Insane asylums Bombay 1873-77 - 1873-1877
Year: 1873
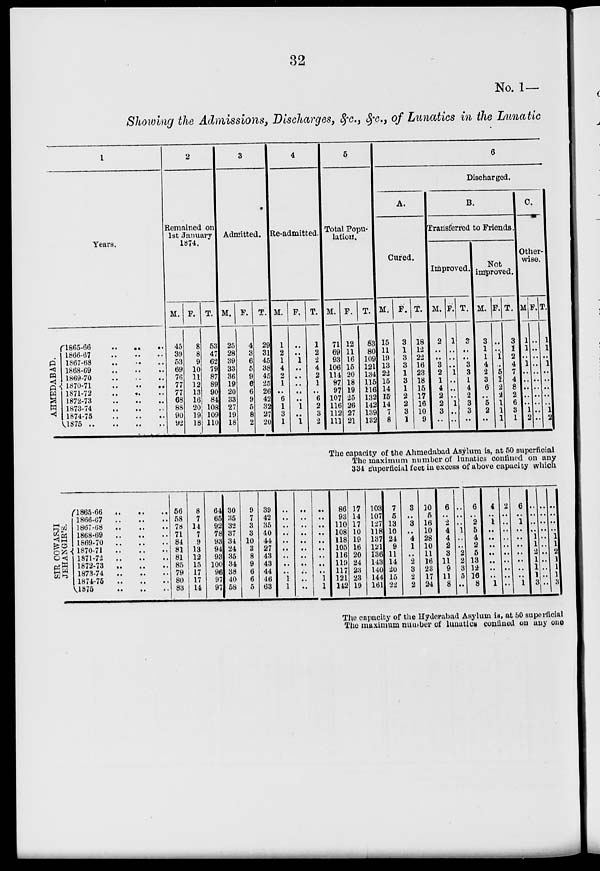
32
No. 1—
Showing the Admissions, Discharges, &c., &c., of Lunatics in the Lunatic
1
Years.
AHMEDABAD.
1865-66
..
..
..
1866-67
..
..
..
1867-68
..
..
..
1868-69
..
..
..
1869-70
..
..
..
1870-71
..
..
..
1871-72
..
..
..
1872-73
..
..
..
1873-74
..
..
..
1874-75
..
..
..
1875
..
..
..
..
2
Remained on
1st January
1874.
M.
45
39
53
69
76
77
77
68
88
90
92
F.
8
8
9
10
11
12
13
16
20
19
18
T.
53
47
62
79
87
89
90
84
108
109
110
3
Admitted.
M.
25
28
39
33
36
19
20
33
27
19
18
F.
4
3
6
5
9
6
6
9
5
8
2
T.
29
31
45
38
45
25
26
42
32
27
20
4
Re-admitted.
M.
1
2
1
4
2
1
..
6
1
3
1
F.
..
..
1
..
..
..
..
..
1
..
1
T.
1
2
2
4
2
1
..
6
2
3
2
5
Total Popu-
lation.
M.
71
69
93
106
114
97
97
107
116
112
111
F.
12
11
16
15
20
18
19
25
26
27
21
T.
83
80
109
121
134
115
116
132
142
139
132
6
Discharged.
A.
Cured.
M.
15
11
19
13
22
15
14
15
14
7
8
F.
3
1
3
3
1
3
1
2
2
3
1
T.
18
12
22
16
23
18
15
17
16
10
9
B.
Transferred to Friends.
Improved.
M.
2
..
..
3
2
1
4
2
2
3
..
F.
1
..
..
..
1
..
..
..
1
..
..
T.
3
..
..
3
3
1
4
2
3
3
..
Not
improved.
M.
3
1
1
4
2
3
6
..
5
2
..
F.
..
..
1
..
5
1
2
2
1
1
1
T.
3
1
2
4
7
4
8
2
6
3
1
C.
Other-
wise. 1
M
1
1
..
1
..
..
..
..
..
1
2
F.
..
..
..
..
..
..
..
..
..
..
..
T.
1
1
..
1
..
..
..
..
..
1
2
The capacity of the Ahmedabad Asylum is, at 50 superficial
The maximum number of lunatics confined on any
334 superficial feet in excess of above capacity which
SIR COWASJI
JEHANGIR'S.
1865-66
..
..
..
1866-67
..
..
..
1867-68
..
..
..
1868-69
..
..
..
1869-70
..
..
..
1870-71
..
..
..
1871-72
..
..
..
1872-73
..
..
..
1873-74
..
..
..
1874-75
..
..
..
1875
..
..
..
56
58
78
71
84
81
81
85
79
80
83
8
7
14
7
9
13
12
15
17
17
14
64
65
92
78
93
94
93
100
96
97
97
30
35
32
37
34
24
35
34
38
40
58
9
7
3
3
10
3
8
9
6
6
5
39
42
35
40
44
27
43
43
44
46
63
..
..
..
..
..
..
..
..
..
1
1
..
..
..
..
..
..
..
..
..
..
..
..
..
..
..
..
..
..
..
..
1
1
86
93
110
108
118
105
116
119
117
121
142
17
14
17
10
19
16
20
24
23
23
19
103
107
127
118
137
121
136
143
140
144
161
7
5
13
10
24
9
11
14
20
15
22
3
..
3
..
4
1
..
2
3
2
2
10
5
16
10
28
10
11
16
23
17
24
6
..
2
4
4
2
3
11
9
11
8
..
..
..
1
..
..
2
2
3
5
..
6
..
2
5
4
2
5
13
12
16
8
4
..
1
..
..
..
..
..
..
..
1
2
..
..
..
..
..
..
..
..
..
..
6
..
1
..
..
..
..
..
..
..
1
..
.. .. .. 1
1
2
1
1
1
3
..
.. .. .. .. .. .. .. .. .. ..
..
.. .. .. 1
1
2
1
1
1
3
The capacity of the Hyderabad Asylum is, at 50 superficial
The maximum number of lunatics confined on any one